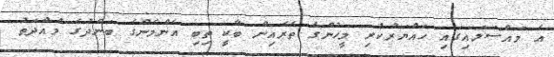
އެ މައްސަލައިގައި ހައްޔަރުކުރި މީހުންގެ ތެރެއިން ބާކީ ތިބި އެންމެންގެ ބަންދުގެ މުއްދަތު